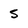
Character: 5